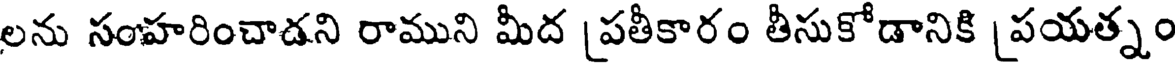
లను సంహరించాడని రాముని మీద [పతీకారం తీసుకోడానికి [పయత్నం